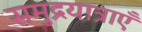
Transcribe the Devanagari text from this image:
समुद्रयात्राएँ